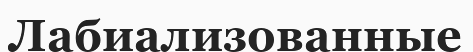
Лабиализованные